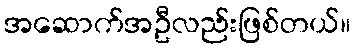
အဆောက်အဦလည်းဖြစ်တယ်။